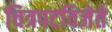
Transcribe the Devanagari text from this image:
चित्रपटविजेते